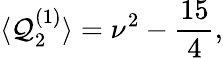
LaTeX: \langle\mathcal{Q}_{2}^{(1)}\rangle=\nu^{2}-\frac{{15}}{{4}},